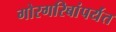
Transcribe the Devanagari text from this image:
गोरगरिबांपर्यंत